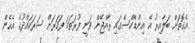
އެގޮތަށް ބަލާއިރު އެ އިންޑެކްސްގައި ރާއްޖޭން ވަނީ ފުރަތަމަ ފަހަރަށް ސަރަހައްދުގެ އެހެން